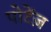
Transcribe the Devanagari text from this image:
पोटेंज़